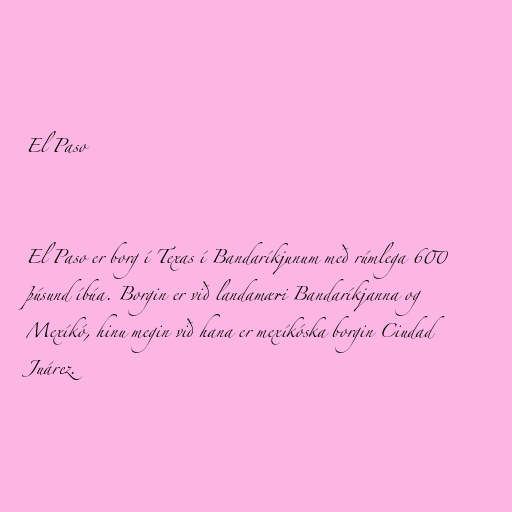
El Paso

El Paso er borg í Texas í Bandaríkjunum með rúmlega 600
þúsund íbúa. Borgin er við landamæri Bandaríkjanna og
Mexíkó, hinu megin við hana er mexíkóska borgin Ciudad
Juárez.